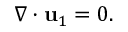
\boldsymbol { \nabla } \cdot \mathbf { u } _ { 1 } = 0 .